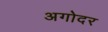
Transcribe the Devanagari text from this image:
अगोदर